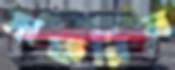
সাফরিন